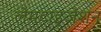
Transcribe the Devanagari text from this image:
लेमटाइजेशन